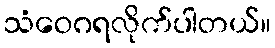
သံဝေဂရလိုက်ပါတယ်။